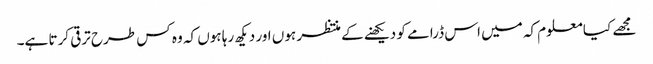
مجھے کیا معلوم کہ میں اس ڈرامے کو دیکھنے کے منتظر ہوں اور دیکھ رہا ہوں کہ وہ کس طرح ترقی کرتا ہے۔